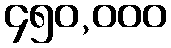
၄၅၀,၀၀၀